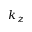
k _ { z }